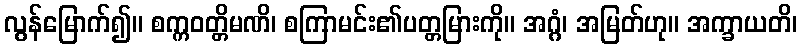
လွန်မြောက်၍။ စက္ကဝတ္တိမဏိ၊ စကြာမင်း၏ပတ္တမြားကို။ အဂ္ဂံ၊ အမြတ်ဟု။ အက္ခာယတိ၊